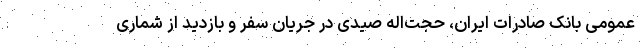
عمومی بانک صادرات ایران، حجت‌اله صیدی در جریان سفر و بازدید از شماری